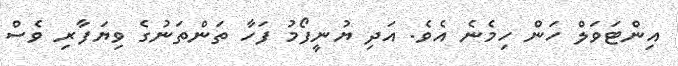
އިންޓަވަލް ހަން ހިމެނެ އެވެ. އަދި ޔުނީފޯމު ފަހާ ތަންތަނުގެ ވިޔަފާރި ވެސް